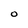
Character: O